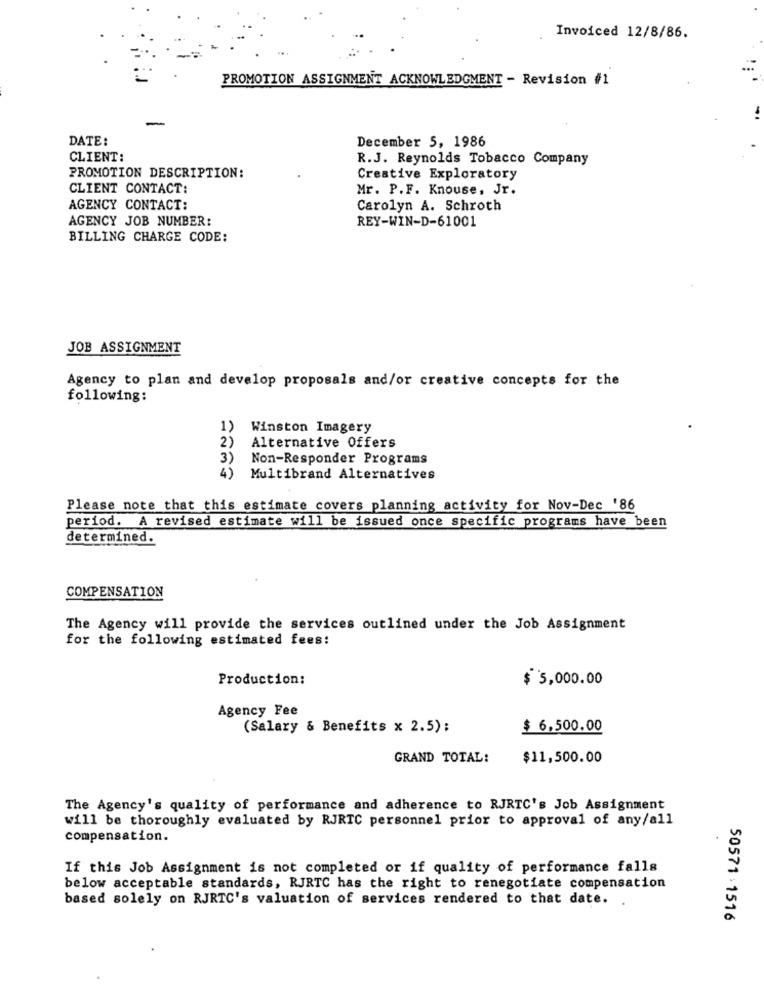
Invoiced 12/8/86.
PROMOTION ASSIGNMENT ACKNOWLEDGMENT - Revision #1
DATE:
December 5, 1986
CLIENT:
R.J. Reynolds Tobacco Company
PROMOTION DESCRIPTION:
Creative Exploratory
CLIENT CONTACT:
Mr. P.F. Knouse, Jr.
AGENCY CONTACT:
Carolyn A. Schroth
AGENCY JOB NUMBER:
REY-WIN-D-61001
BILLING CHARGE CODE:
JOB ASSIGNMENT
Agency to plan and develop proposals and/or creative concepts for the
following:
1)
Winston Imagery
2)
Alternative Offers
3)
Non-Responder Programs
4)
Multibrand Alternatives
Please note that this estimate covers planning activity for Nov-Dec '86
period. A revised estimate will be issued once specific programs have been
determined.
COMPENSATION
The Agency will provide the services outlined under the Job Assignment
for the following estimated fees:
Production:
$ 5,000.00
Agency Fee
(Salary & Benefits x 2.5):
$ 6,500.00
GRAND TOTAL:
$11,500.00
The Agency's quality of performance and adherence to RJRTC's Job Assignment
will be thoroughly evaluated by RJRTC personnel prior to approval of any/all
compensation.
If this Job Assignment is not completed or if quality of performance falls
below acceptable standards, RJRTC has the right to renegotiate compensation
based solely on RJRTC's valuation of services rendered to that date.
50571:1516